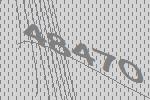
48470